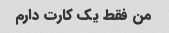
من فقط یک کارت دارم